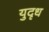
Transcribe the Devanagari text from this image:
युदृध